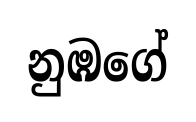
නුඹගේ